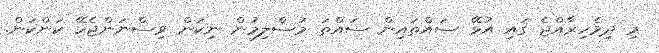
މި ދިވެހިރާއްޖެ ގައި އުޅޭ ސައްތައިން ސައްތަ މުސްލިމުން ނިކަން ވިސްނަންޖެހޭ ކަންކަން.